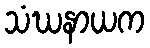
သံဃနာယက